Leaving Certificate Examination, 1918
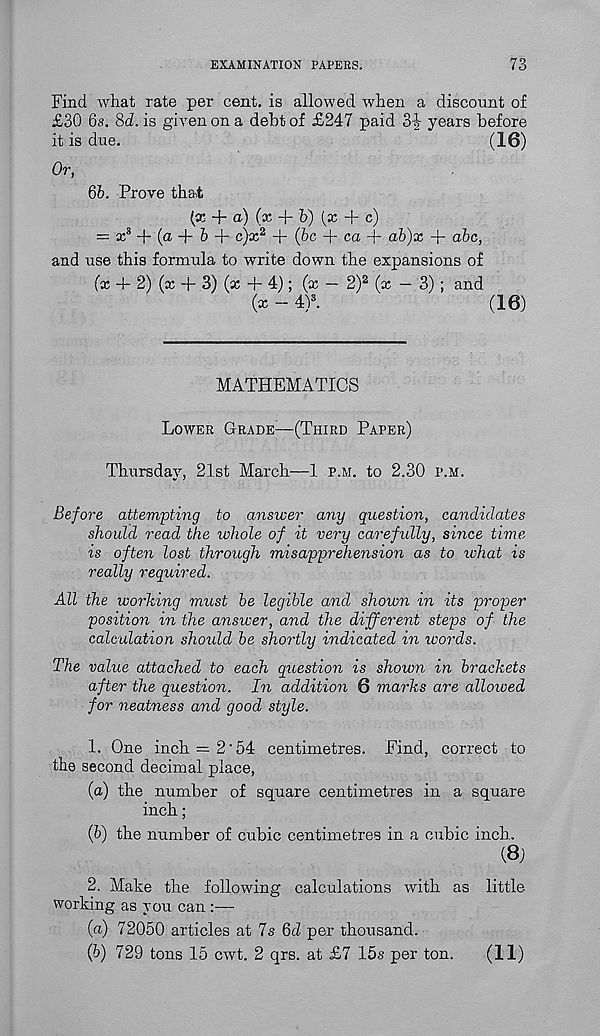
EXAMINATION PAPERS.
73
Find what rate per cent, is allowed when a discount of
£30 6s. 8d. is given on a debt of £247 paid 3-| years before
it is due.
(16)
Or,
65. Prove that
(x + a) (x + b) (x + c)
= x 3 + (a + 6 + c)x a + (5c + ca + ab)x + a5c,
and use this formula to write down the expansions of
(x + 2) (x 4- 3) (x + 4); (x — 2) 2 (x — 3) ; and
(x — 4) s .
(16)
MATHEMATICS
Lower Grade : —(Third Paper)
Thursday, 21st March—1 p.m. to 2.30 p.m.
Before attempting to answer any qiiestion, candidates
should read the whole of it very carefully, since time
is often lost through misapprehension as to what is
really required.
All the working must be legible and shown in its proper
position in the answer, and the different steps of the
calculation should be shortly indicated in words.
The value attached to each question is shown in brackets
after the question. In addition 6 marks are allowed
for neatness and good style.
1. One inch = 2‘54 centimetres. Find, correct to
the second decimal place,
(a) the number of square centimetres in a square
inch;
(5) the number of cubic centimetres in a cubic inch,
(8j
2. Make the following calculations with as little
working as you can :—
(a) 72050 articles at 7s 6d per thousand.
(5) 729 tons 15 cwt. 2 qrs. at £7 15s per ton.
(11)